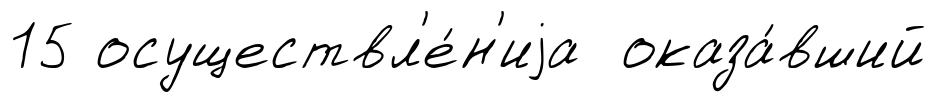
15 осуществл'е́н'иjа оказа́вший